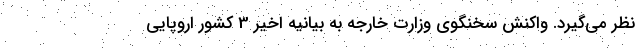
نظر می‌گیرد. واکنش سخنگوی وزارت خارجه به بیانیه اخیر 3 کشور اروپایی